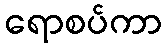
ရောစပ်ကာ